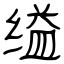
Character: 缢